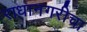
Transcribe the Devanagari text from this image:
राधानगरीचा